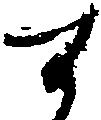
す